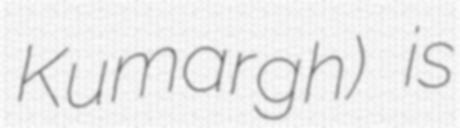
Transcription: Kumargh) is